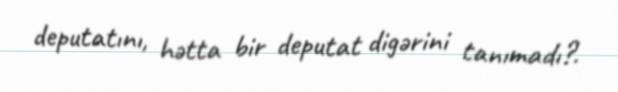
deputatını, hətta bir deputat digərini tanımadı?.